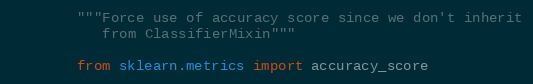
Language: Python
        """Force use of accuracy score since we don't inherit
           from ClassifierMixin"""

        from sklearn.metrics import accuracy_score